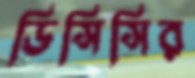
ডিসিসির